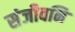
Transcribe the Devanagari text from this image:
संजीवनि